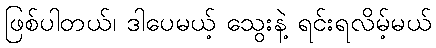
ဖြစ်ပါတယ်၊ ဒါပေမယ့် သွေးနဲ့ ရင်းရလိမ့်မယ်